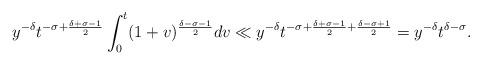
LaTeX: \begin{align*}y^{-\delta} t^{-\sigma + \frac{\delta + \sigma-1}{2}} \int_0^{t} (1 + v)^{\frac{\delta - \sigma-1}{2}} dv \ll y^{-\delta} t^{-\sigma + \frac{\delta + \sigma-1}{2} + \frac{\delta-\sigma+1}{2} }= y^{-\delta} t^{\delta -\sigma}.\end{align*}